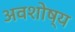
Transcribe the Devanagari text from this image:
अवशोष्य